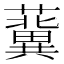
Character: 𧃞